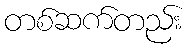
တစ်ဆက်တည်း